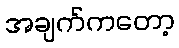
အချက်ကတော့